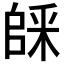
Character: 𠃆